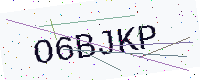
Text: O6BJKP